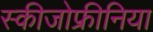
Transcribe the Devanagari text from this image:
स्‍कीजोफ्रीनिया